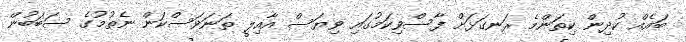
ބައެއް ކުދިން ކިތަންމެ ރަނގަޅަށް ފާސްވިކަމުގައި ވިޔަސް އާއިލީ ތަނަވަސްކަން ނެތުމުގެ ސަބަބުން